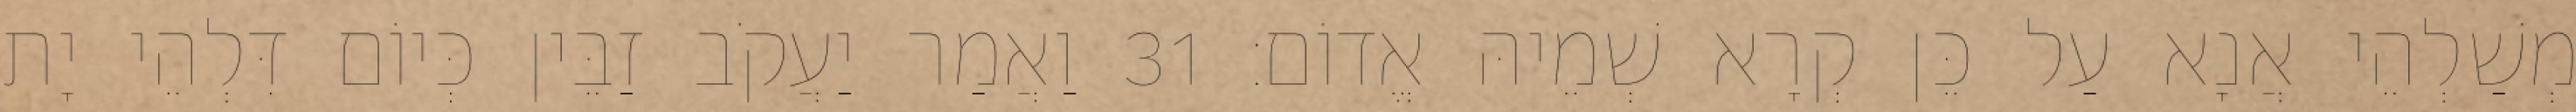
מְשַׁלְהֵי אֲנָא עַל כֵּן קְרָא שְׁמֵיהּ אֱדוֹם׃ 31 וַאֲמַר יַעֲקֹב זַבֵּין כְּיוֹם דִּלְהֵי יָת